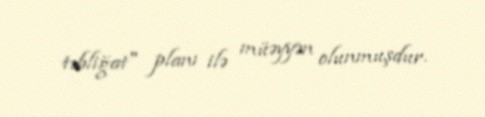
təbliğat" planı ilə müəyyən olunmuşdur.